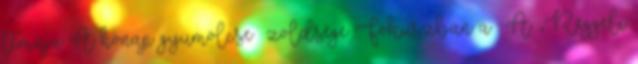
témája A hónap gyümölcse zöldsége Fókuszban a . A „Reggeli